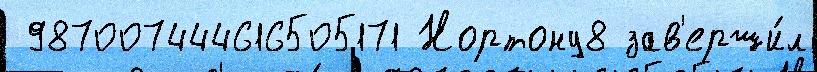
 987007444616505171 Нортону8 зав'ерши́л